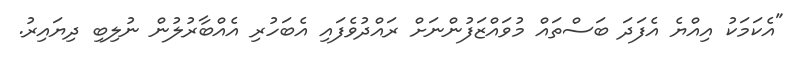
"އެކަމަކު އިއްޔެ އެފަދަ ބަސްތައް މުވައްޒަފުންނަށް ރައްދުވެފައި އެބަހުރި އެއްބާރުލުން ނުލިބި ދިޔައިރު.